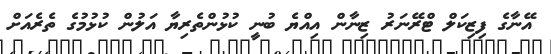
އޭނާގެ ފިޒިކަލް ޓްރޭނަރު ޒިނާން އިއްޔެ ބުނީ ކުޅުންތެރިޔާ އަލުން ކުޅުމުގެ ތެރެއަށް